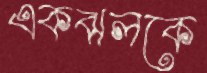
একঝলকে